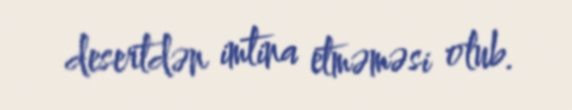
desertdən imtina etməməsi olub.